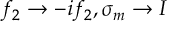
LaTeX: f _ { 2 } \rightarrow - i f _ { 2 } , \sigma _ { m } \rightarrow I